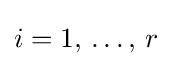
i=1,\,\ldots ,\,r